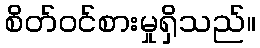
စိတ်ဝင်စားမှုရှိသည်။